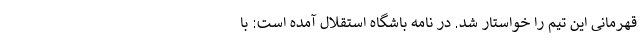
قهرمانی این تیم را خواستار شد. در نامه باشگاه استقلال آمده است: با